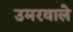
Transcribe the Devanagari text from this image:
उमरवाले